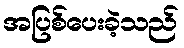
အပြစ်ပေးခဲ့သည်